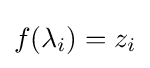
f(\lambda _{i})=z_{i}